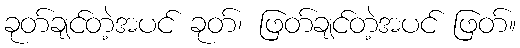
ခုတ်ချင်တဲ့အပင် ခုတ်၊ ဖြတ်ချင်တဲ့အပင် ဖြတ်။